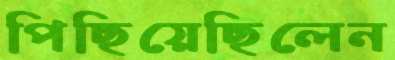
পিছিয়েছিলেন